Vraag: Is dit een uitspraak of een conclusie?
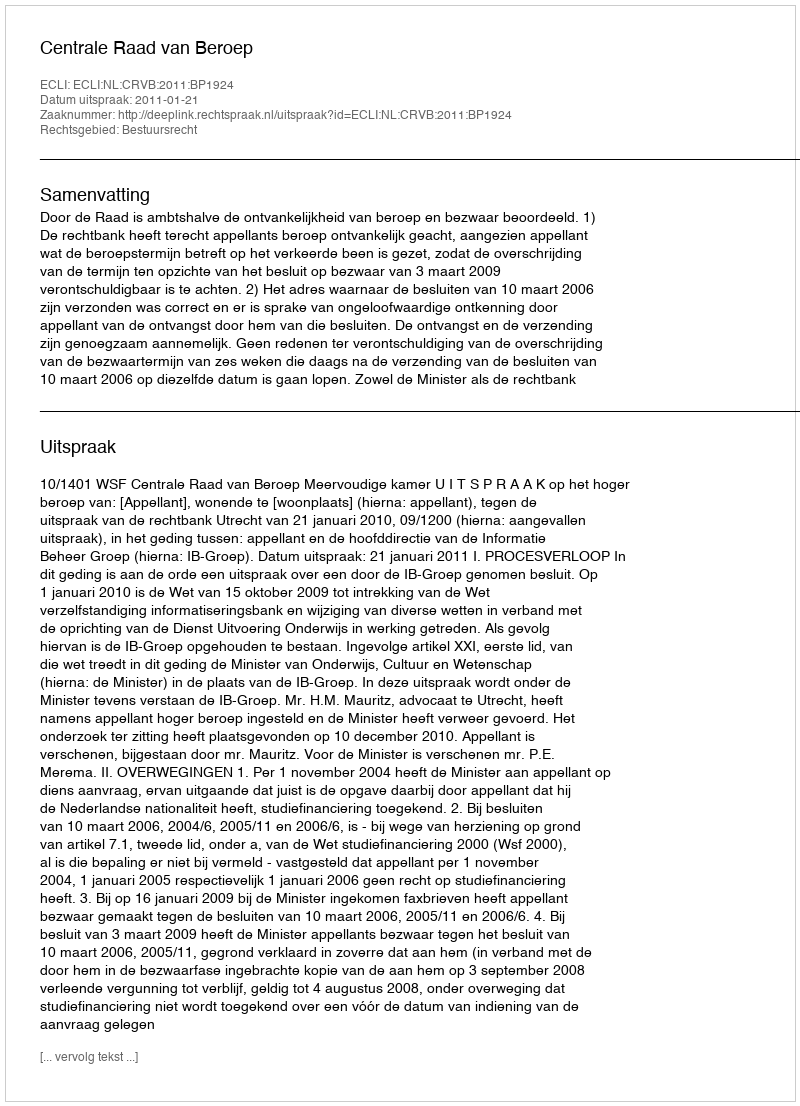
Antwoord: Uitspraak